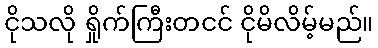
ငိုသလို ရှိုက်ကြီးတငင် ငိုမိလိမ့်မည်။